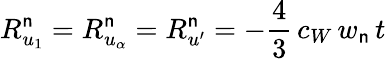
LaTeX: R_{u_{1}}^{\mathsf{n}}=R_{u_{\alpha}}^{\mathsf{n}}=R_{u^{\prime}}^{\mathsf{n}}=-\frac{{4}}{{3}}\, c_{W}\, w_{\mathsf{n}}\, t